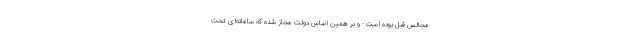
مجالس قبل بوده است - و بر همین اساس دولت مجاز شده که سامانه‌ای تحت